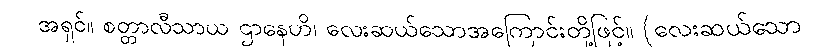
အရှင်။ စတ္တာလီသာယ ဌာနေဟိ၊ လေးဆယ်သောအကြောင်းတို့ဖြင့်။ (လေးဆယ်သော